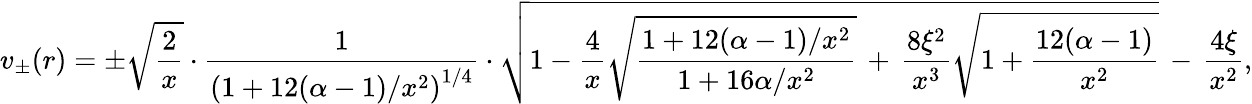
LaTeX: v_{\pm}(r)=\pm\sqrt{\frac{2}{x}}\cdot\frac{1}{\left(1+12(\alpha-1)/x^{2}\right)^{1/4}}\cdot\sqrt{1-\frac{4}{x}\sqrt{\frac{1+12(\alpha-1)/x^{2}}{1+16\alpha/x^{2}}}\, +\, \frac{8\xi^{2}}{x^{3}}\sqrt{1+\frac{12(\alpha-1)}{x^{2}}}}\, -\, \frac{4\xi}{x^{2}},